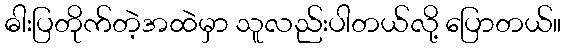
ဓါးပြတိုက်တဲ့အထဲမှာ သူလည်းပါတယ်လို့ ပြောတယ်။